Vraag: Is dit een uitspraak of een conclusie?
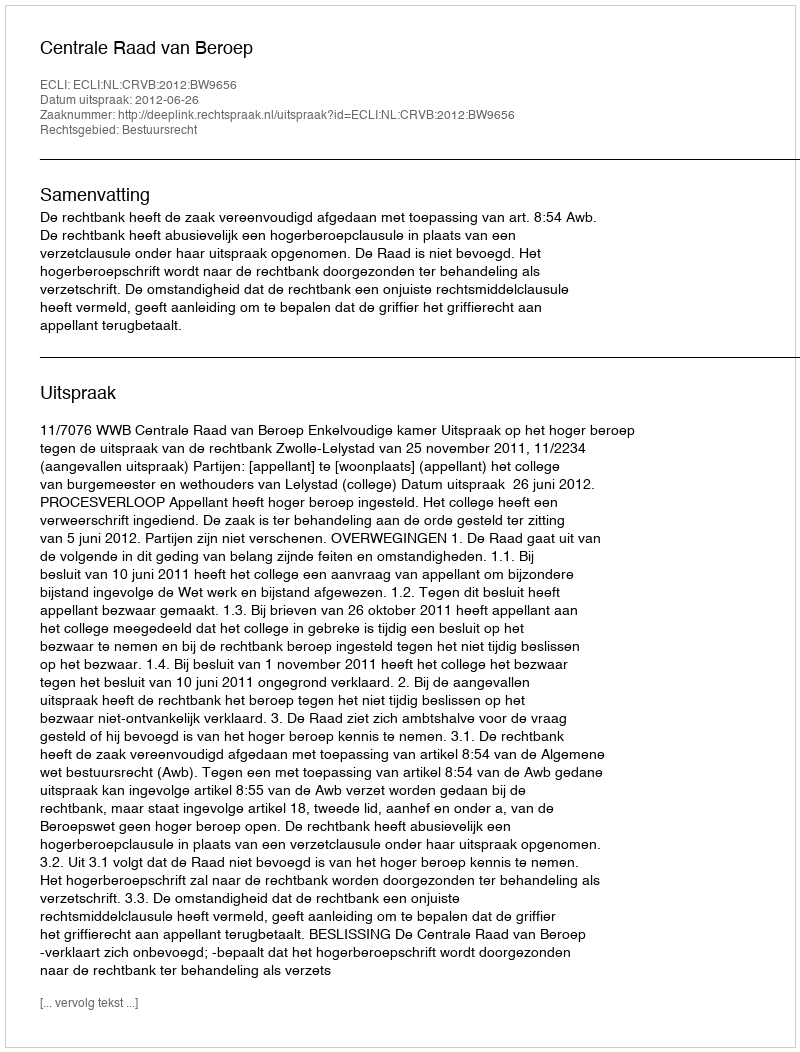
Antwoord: Uitspraak